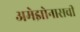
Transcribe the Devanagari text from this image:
अमेझोनासची